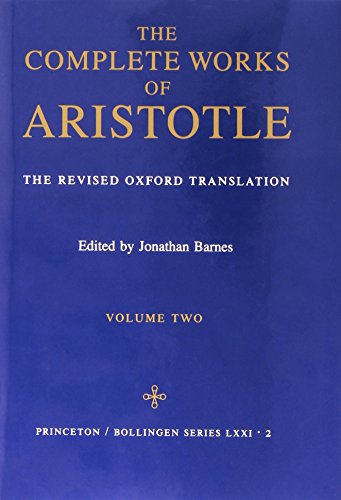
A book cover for The Complete Works of Aristotle: The Revised Oxford Translation, Vol. 2 (Bollingen Series LXXI-2); Aristotle; Politics & Social Sciences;